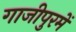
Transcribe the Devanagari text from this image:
गाजीपुरमें